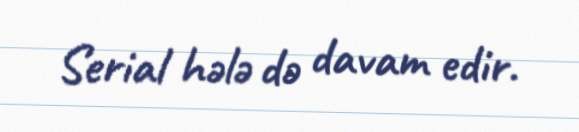
Serial hələ də davam edir.